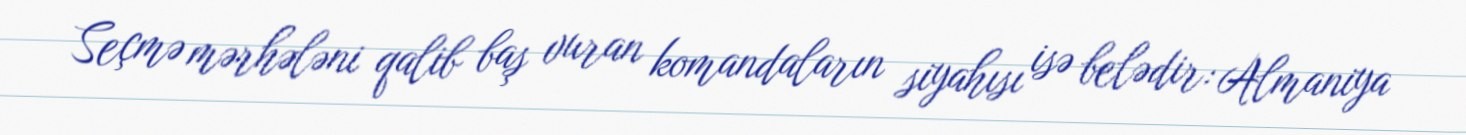
Seçmə mərhələni qalib baş vuran komandaların siyahısı isə belədir: Almaniya